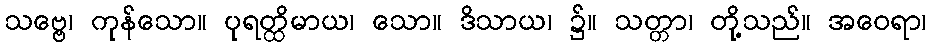
သဗ္ဗေ၊ ကုန်သော။ ပုရတ္ထိမာယ၊ သော။ ဒိသာယ၊ ၌။ သတ္တာ၊ တို့သည်။ အဝေရာ၊